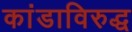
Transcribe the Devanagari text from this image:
कांडाविरुद्ध